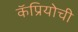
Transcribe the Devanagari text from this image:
कॅप्रियोची